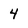
Character: 4